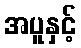
အပူနှင့်